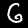
Label: 6